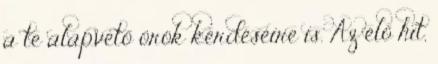
a te alapvető örök kérdéseire is. Az élő hit,